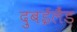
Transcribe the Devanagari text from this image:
दुबईलैंड